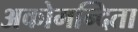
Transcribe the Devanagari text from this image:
अकोमन्दिता